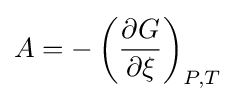
A=-\left({\frac {\partial G}{\partial \xi }}\right)_{P,T}